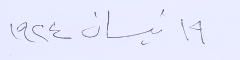
١٩ نيسان ١٩٢٤